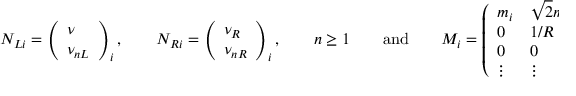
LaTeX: N _ { L i } = \left( \begin{array} { l } { { \nu } } \\ { { \nu _ { n L } } } \end{array} \right) _ { i } , \qquad N _ { R i } = \left( \begin{array} { l } { { \nu _ { R } } } \\ { { \nu _ { n R } } } \end{array} \right) _ { i } , \qquad n \ge 1 \qquad \mathrm { a n d } \qquad M _ { i } = \left( \begin{array} { l l l l } { { m _ { i } } } & { { \sqrt { 2 } m _ { i } } } & { { \sqrt { 2 } m _ { i } } } & { { \cdots } } \\ { { 0 } } & { { 1 / R } } & { { 0 } } & { { \cdots } } \\ { { 0 } } & { { 0 } } & { { 2 / R } } & { { \cdots } } \\ { { \vdots } } & { { \vdots } } & { { \vdots } } & { { \ddots } } \end{array} \right) .